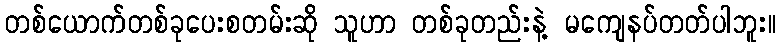
တစ်ယောက်တစ်ခုပေးစတမ်းဆို သူဟာ တစ်ခုတည်းနဲ့ မကျေနပ်တတ်ပါဘူး။